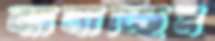
ঝালাচ্ছিস